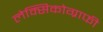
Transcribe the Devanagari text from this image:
लेक्सिकोग्राफी